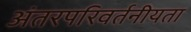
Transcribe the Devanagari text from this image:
अंतरपरिवर्तनीयता